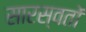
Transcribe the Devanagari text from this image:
सारस्वतों